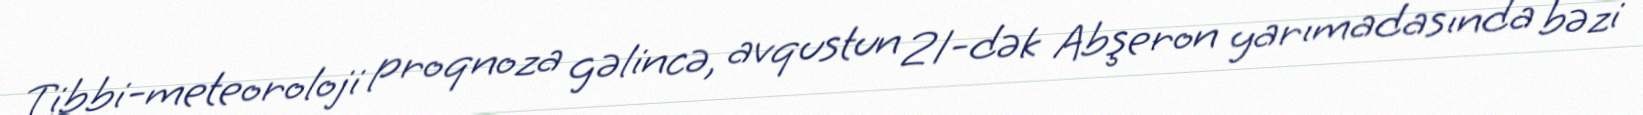
Tibbi-meteoroloji proqnoza gəlincə, avqustun 21-dək Abşeron yarımadasında bəzi